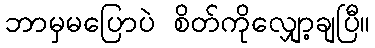
ဘာမှမပြောပဲ စိတ်ကိုလျှော့ချပြီ။